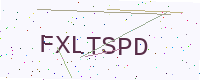
Text: FXLTSPD